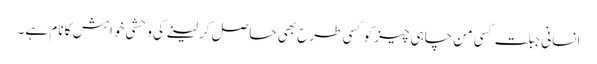
انسانی جبلت کسی من چاہی چیز کو کسی طرح بھی حاصل کر لینے کی وحشی خواہش کا نام ہے۔